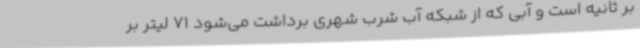
بر ثانیه است و آبی که از شبکه آب شرب شهری برداشت می‌شود 71 لیتر بر